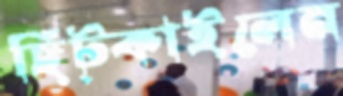
ছিট্‌কাইলেন